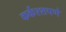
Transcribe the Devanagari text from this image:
कर्कश्शपणे